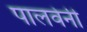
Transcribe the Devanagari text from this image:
पालवेनी